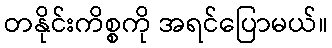
တနိုင်းကိစ္စကို အရင်ပြောမယ်။